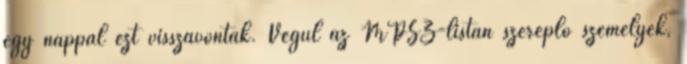
egy nappal ezt visszavonták. Végül az MPSZ-listán szereplő személyek,